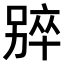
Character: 𫫑